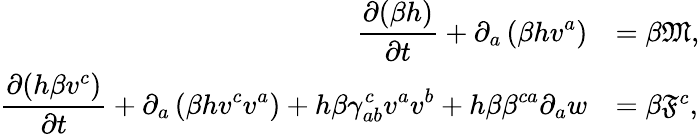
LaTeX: \begin{array}{rl}{\displaystyle\frac{\partial(\beta h)}{\partial t}+\partial_{a}\left(\beta hv^{a}\right)}&{=\beta\mathfrak{M},}\\ {\displaystyle\frac{\partial(h\beta v^{c})}{\partial t}+\partial_{a}\left(\beta hv^{c}v^{a}\right)+h\beta\gamma_{ab}^{c}v^{a}v^{b}+h\beta\beta^{ca}\partial_{a}{w}}&{=\beta\mathfrak{F}^{c},}\end{array}